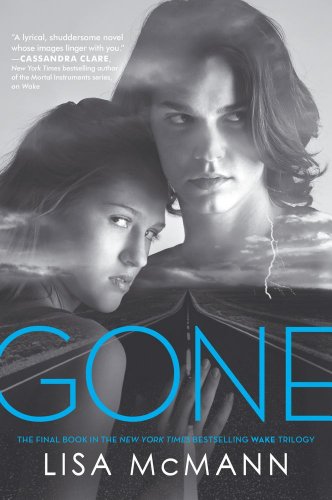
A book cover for Gone (Wake); Lisa McMann; Teen & Young Adult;